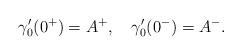
LaTeX: \begin{align*}\gamma_{0}'(0^{+}) =A^{+},\quad\gamma_{0}'(0^{-}) = A^{-}.\end{align*}